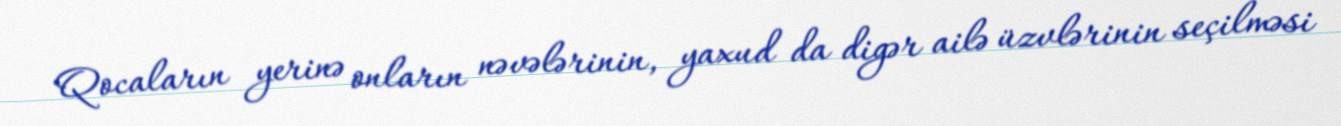
Qocaların yerinə onların nəvələrinin, yaxud da digər ailə üzvlərinin seçilməsi